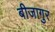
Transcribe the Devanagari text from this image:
बीजागुर